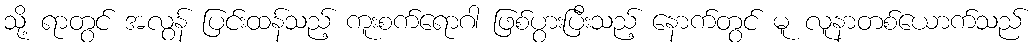
သို့ ရာတွင် အလွန် ပြင်းထန်သည့် ကူးစက်ရောဂါ ဖြစ်ပွားပြီးသည့် နောက်တွင် မူ လူနာတစ်ယောက်သည်